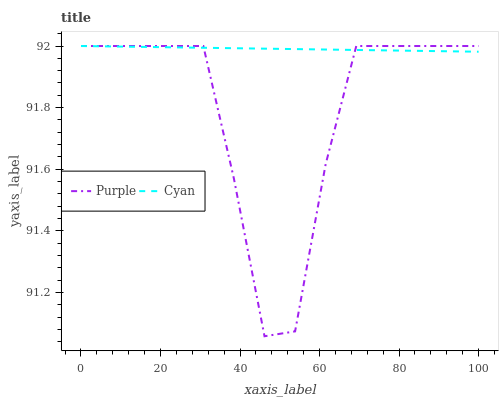
| xaxis_label | Purple | Cyan |
 | --- | --- | --- |
 | 0 | 92 | 92 |
 | 7.69 | 92 | 92 |
 | 15.4 | 92 | 92 |
 | 23.1 | 92 | 92 |
 | 30.8 | 92 | 92 |
 | 38.5 | 91.6 | 92 |
 | 46.2 | 91.1 | 92 |
 | 53.8 | 91.1 | 92 |
 | 61.5 | 91.6 | 92 |
 | 69.2 | 92 | 92 |
 | 76.9 | 92 | 92 |
 | 84.6 | 92 | 92 |
 | 92.3 | 92 | 92 |
 | 100 | 92 | 92 |